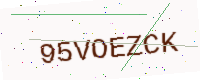
Text: 95VOEZCK